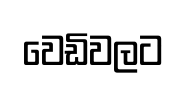
වෙඩිවලට